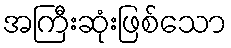
အကြီးဆုံးဖြစ်သော